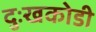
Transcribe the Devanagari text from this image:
दुःखकोडी